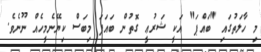
މި ހާލަތުގައި "ބައްޕަ" އަކީ ޝަރުޢީ ގޮތުން ބައަޕަ މިބަސް ކިޔޭނެމީހެއް ނޫނެވެ.